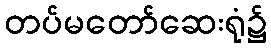
တပ်မတော်ဆေးရုံ၌